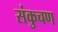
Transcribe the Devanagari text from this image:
संकुचण